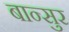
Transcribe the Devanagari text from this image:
बान्सुर